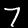
Label: 7